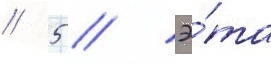
// 5 // Э́та